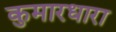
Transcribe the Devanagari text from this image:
कुमारधारा